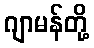
ဂျာမန်တို့